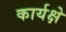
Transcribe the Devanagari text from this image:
कार्यक्षे